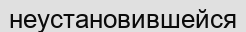
неустановившейся